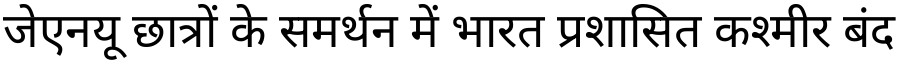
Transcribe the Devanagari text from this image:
जेएनयू छात्रों के समर्थन में भारत प्रशासित कश्मीर बंद